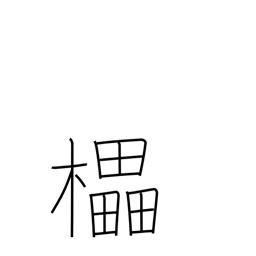
Meaning: decorated wine cask